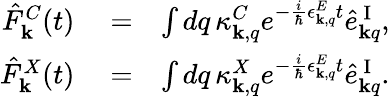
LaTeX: \begin{array}{rlr}{\hat{F}_{\mathbf k}^{C}(t)}&{{}=}&{\int dq\, \kappa_{{\mathbf k},q}^{C}e^{-\frac{i}{\hbar}\epsilon_{{\mathbf k},q}^{E}t}\hat{e}_{{\mathbf k}q}^{\mathrm{~I~}},}\\ {\hat{F}_{\mathbf k}^{X}(t)}&{{}=}&{\int dq\, \kappa_{{\mathbf k},q}^{X}e^{-\frac{i}{\hbar}\epsilon_{{\mathbf k},q}^{E}t}\hat{e}_{{\mathbf k}q}^{\mathrm{~I~}}.}\end{array}